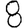
Digit: 8